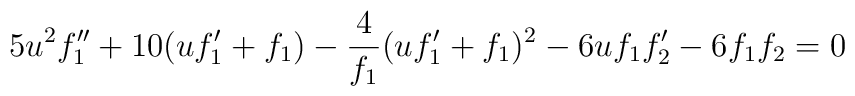
5 u^{2}f_{1}^{\prime\prime}+10 (uf_{1}^{\prime}+f_{1})-\frac{4}{f_{1}}(uf_{1}^{\prime}+f_{1})^{2}-6uf_{1}f_{2}^{\prime}-6f_{1}f_{2}=0